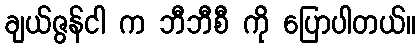
ချယ်ဇွန်ငါ က ဘီဘီစီ ကို ပြောပါတယ်။